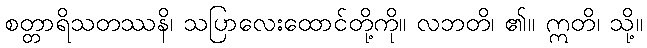
စတ္တာရိသတဿနိ၊ သပြာလေးထောင်တို့ကို။ လဘတိ၊ ၏။ ဣတိ၊ သို့။